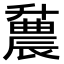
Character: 𫧪